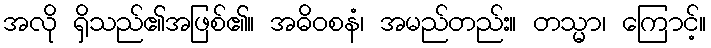
အလို ရှိသည်၏အဖြစ်၏။ အဓိဝစနံ၊ အမည်တည်း။ တသ္မာ၊ ကြောင့်။